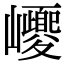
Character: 巎